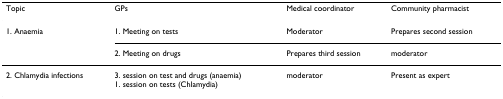
<table><thead><tr><td><b>Topic</b></td><td><b>GPs</b></td><td><b>Medical coordinator</b></td><td><b>Community pharmacist</b></td></tr></thead><tbody><tr><td>1. Anaemia</td><td>1. Meeting on tests</td><td>Moderator</td><td>Prepares second session</td></tr><tr><td></td><td>2. Meeting on drugs</td><td>Prepares third session</td><td>moderator</td></tr><tr><td>2. Chlamydia infections</td><td>3. session on test and drugs (anaemia)1. session on tests (Chlamydia)</td><td>moderator</td><td>Present as expert</td></tr></tbody></table>